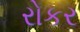
રોકર